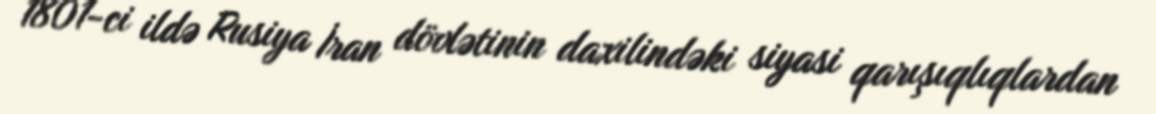
1801-ci ildə Rusiya İran dövlətinin daxilindəki siyasi qarışıqlıqlardan